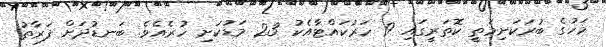
މަހުގެ ބުރަކަށިމަތީ ކޮތަރީގައި 9 ހަރުކައްޓާއެކު 23 މަޑުކަށި ހުރެއެވެ. ބަނޑުދަށް ފަރާތު